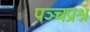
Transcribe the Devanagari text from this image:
पञ्चप्रश्न